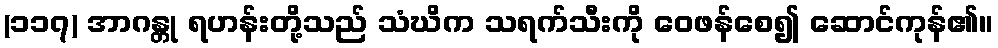
(၁၁၇) အာဂန္တု ရဟန်းတို့သည် သံဃိက သရက်သီးကို ဝေဖန်စေ၍ ဆောင်ကုန်၏။